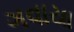
ગવાયા